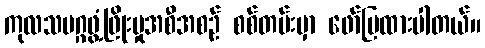
ကုလသမဂ္ဂဖွံ့ဖြိုးမှုအစီအစဉ် စစ်တမ်းမှာ ဖော်ပြထားပါတယ်။